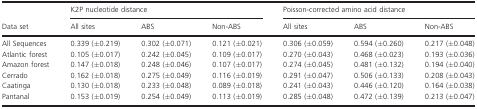
<table><thead><tr><td rowspan="2"><b>Data set</b></td><td colspan="3"><b>K2P nucleotide distance</b></td><td colspan="3"><b>Poisson‐corrected amino acid distance</b></td></tr><tr><td><b>All sites</b></td><td><b>ABS</b></td><td><b>Non‐ABS</b></td><td><b>All sites</b></td><td><b>ABS</b></td><td><b>Non‐ABS</b></td></tr></thead><tbody><tr><td>All Sequences</td><td>0.339 (±0.219)</td><td>0.302 (±0.071)</td><td>0.121 (±0.021)</td><td>0.306 (±0.059)</td><td>0.594 (±0.260)</td><td>0.217 (±0.048)</td></tr><tr><td>Atlantic forest</td><td>0.105 (±0.017)</td><td>0.242 (±0.045)</td><td>0.109 (±0.017)</td><td>0.270 (±0.043)</td><td>0.468 (±0.023)</td><td>0.193 (±0.036)</td></tr><tr><td>Amazon forest</td><td>0.147 (±0.018)</td><td>0.248 (±0.046)</td><td>0.107 (±0.017)</td><td>0.274 (±0.045)</td><td>0.481 (±0.132)</td><td>0.194 (±0.040)</td></tr><tr><td>Cerrado</td><td>0.162 (±0.018)</td><td>0.275 (±0.049)</td><td>0.116 (±0.019)</td><td>0.291 (±0.047)</td><td>0.506 (±0.133)</td><td>0.208 (±0.043)</td></tr><tr><td>Caatinga</td><td>0.130 (±0.018)</td><td>0.233 (±0.048)</td><td>0.089 (±0.018)</td><td>0.241 (±0.043)</td><td>0.446 (±0.120)</td><td>0.164 (±0.038)</td></tr><tr><td>Pantanal</td><td>0.153 (±0.019)</td><td>0.254 (±0.049)</td><td>0.113 (±0.019)</td><td>0.285 (±0.048)</td><td>0.472 (±0.139)</td><td>0.213 (±0.047)</td></tr></tbody></table>